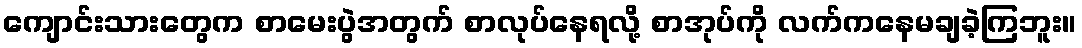
ကျောင်းသားတွေက စာမေးပွဲအတွက် စာလုပ်နေရလို့ စာအုပ်ကို လက်ကနေမချခဲ့ကြဘူး။